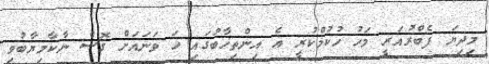
މިދިޔަ ފެބްރުއަރީ މަހު ހުކުމްކުރީ އެ އިންތިޚާބުގައި ހަ ވަނައަށް ގޮސް ނާކާމިޔާބުވި